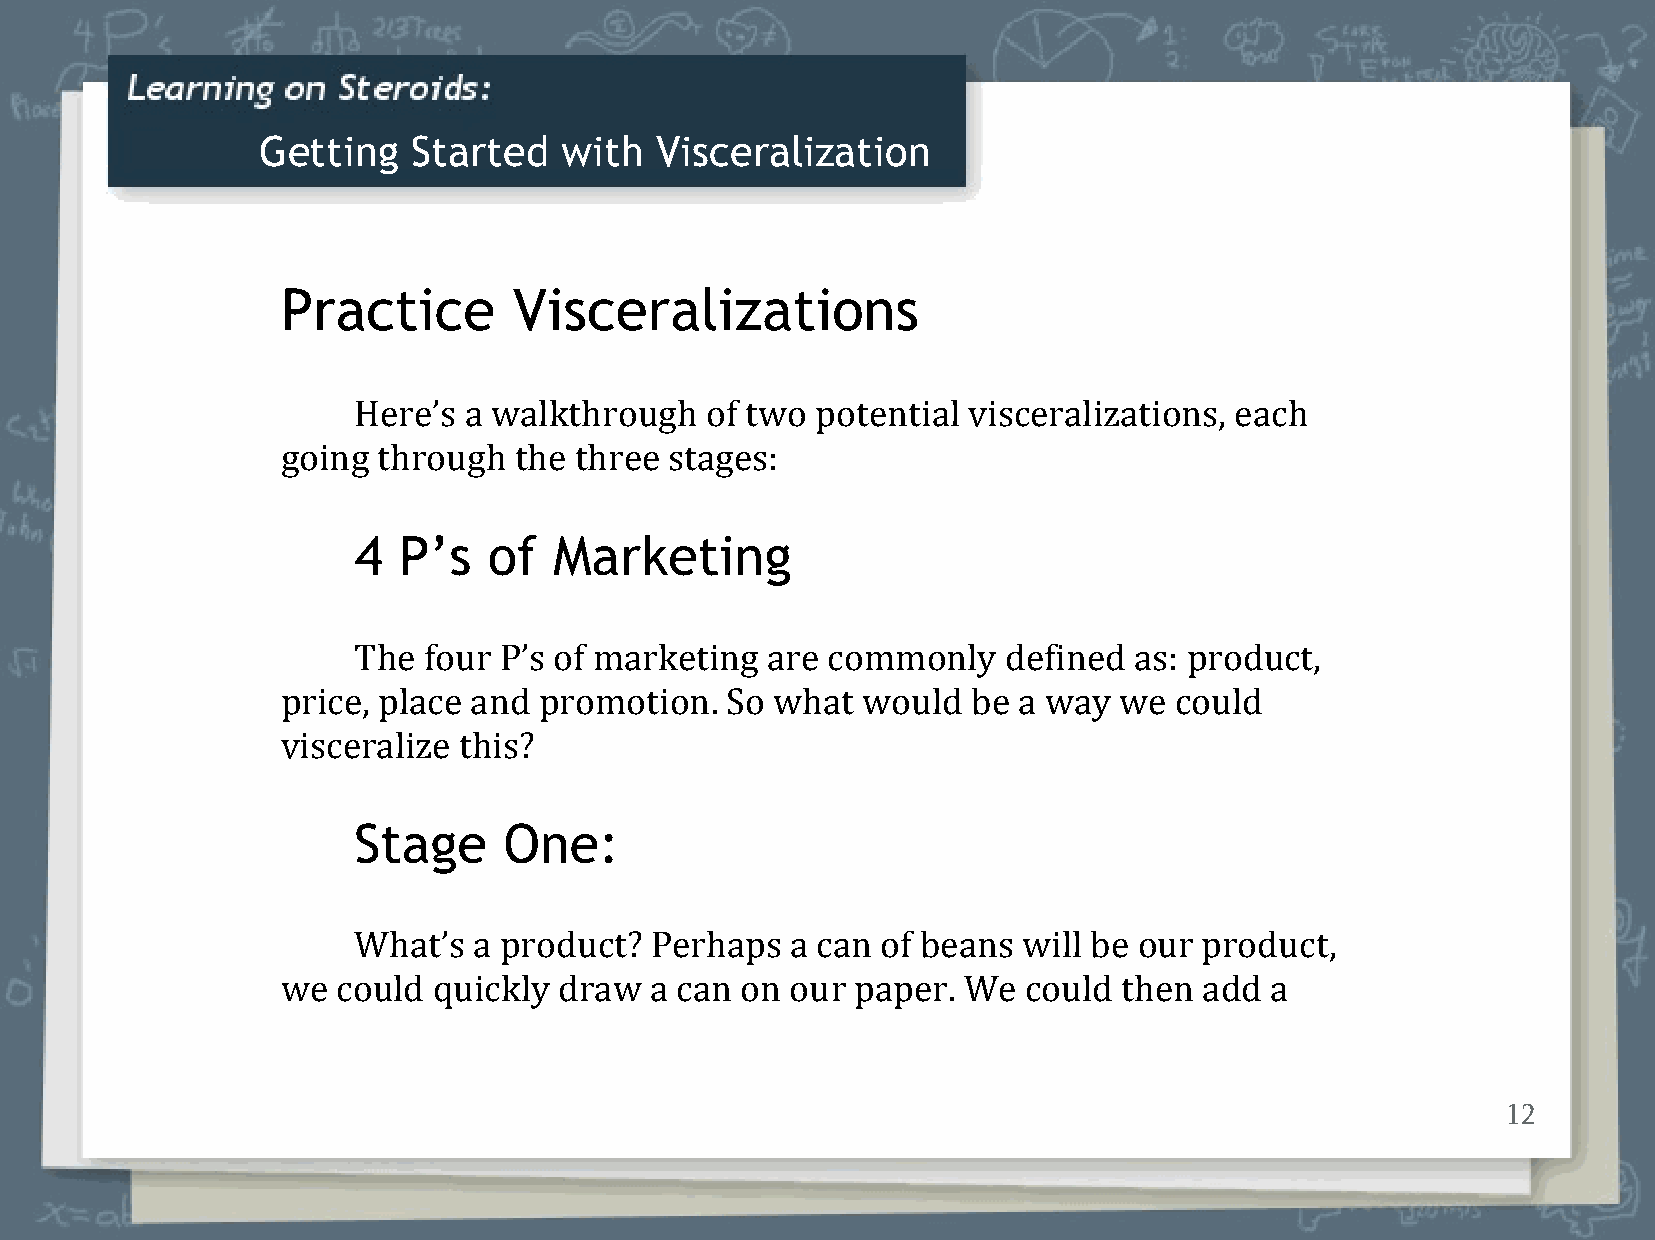
Getting   Started   with  Visceralization
 Practice       Visceralizations
 Here’s  a walkthrough   of two potential visceralizations, each
 going through  the three stages:
 4  P’s   of   Marketing
 The  four P’s of marketing  are commonly   defined  as: product,
 price, place and promotion.  So what  would  be a way  we  could
 visceralize this?
 Stage     One:
 What’s  a product?  Perhaps  a can of beans  will be our product,
 we could  quickly draw  a can on our  paper. We  could then  add a
 12